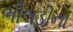
ભીલડીના